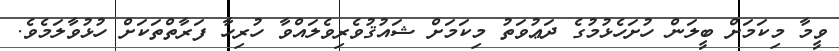
ވީމާ މިކަމަށް ބީލަން ހުށަހެޅުމުގެ ދަޢުވަތު މިކަމަށް ޝައުޤުވެރިވެލައްވާ ހުރިހާ ފަރާތްތަކަށް ހުޅުވާލަމެވެ.